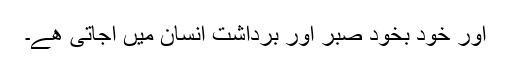
اور خود بخود صبر اور برداشت انسان میں آجاتی ھے۔